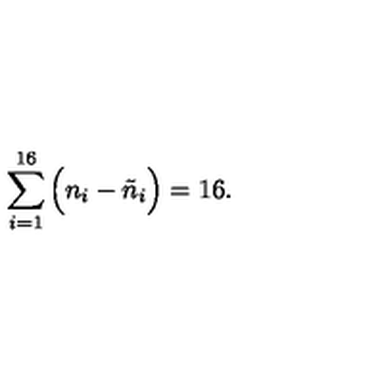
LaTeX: \sum _ { i = 1 } ^ { 1 6 } \Big ( n _ { i } - \tilde { n } _ { i } \Big ) = 1 6 .